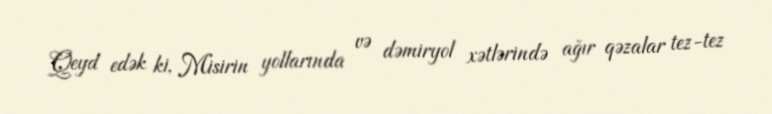
Qeyd edək ki, Misirin yollarında və dəmiryol xətlərində ağır qəzalar tez-tez